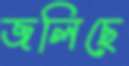
জলিছে